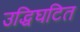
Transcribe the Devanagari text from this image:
उद्धिघटित